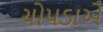
ચોપડાએ